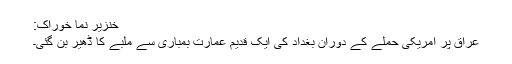
خنزیر نما خوراک:
عراق پر امریکی حملے کے دوران بغداد کی ایک قدیم عمارت بمباری سے ملبے کا ڈھیر بن گئی۔